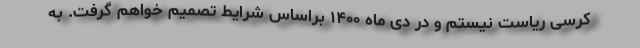
کرسی ریاست نیستم و در دی ماه ۱۴۰۰ براساس شرایط تصمیم خواهم گرفت. به